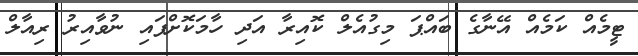
ޓީމެއް ކަމެއް އޭނާގެ ބައްޕަ މިގުއެލް ކޮއިރާ އަދި ހާމަކޮށްފައި ނުވާއިރު ރިއާލް